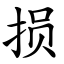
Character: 损